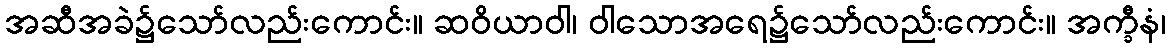
အဆီအခဲ၌သော်လည်းကောင်း။ ဆဝိယာဝါ၊ ဝါသောအရေ၌သော်လည်းကောင်း။ အက္ခီနံ၊